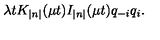
\lambda t K _ { \left| n \right| } ( \mu t ) I _ { \left| n \right| } ( \mu t ) q _ { - i } q _ { i } .